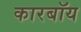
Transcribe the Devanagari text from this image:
कारबॉय